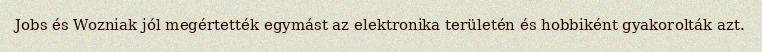
Jobs és Wozniak jól megértették egymást az elektronika területén és hobbiként gyakorolták azt.